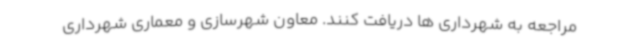
مراجعه به شهرداری ها دریافت کنند. معاون شهرسازی و معماری شهرداری